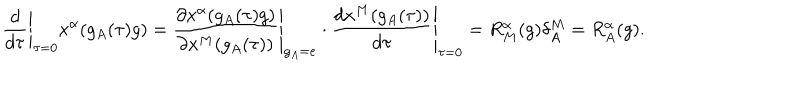
LaTeX: \left. \frac { d } { d \tau } \right| _ { \tau = 0 } x ^ { \alpha } ( g _ { A } ( \tau ) g ) = \left. \frac { \partial x ^ { \alpha } ( g _ { A } ( \tau ) g ) } { \partial x ^ { M } ( g _ { A } ( \tau ) ) } \right| _ { g _ { A } = e } \cdot \left. \frac { d x ^ { M } ( g _ { A } ( \tau ) ) } { d \tau } \right| _ { \tau = 0 } = R _ { M } ^ { \alpha } ( g ) \delta _ { A } ^ { M } = R _ { A } ^ { \alpha } ( g ) .